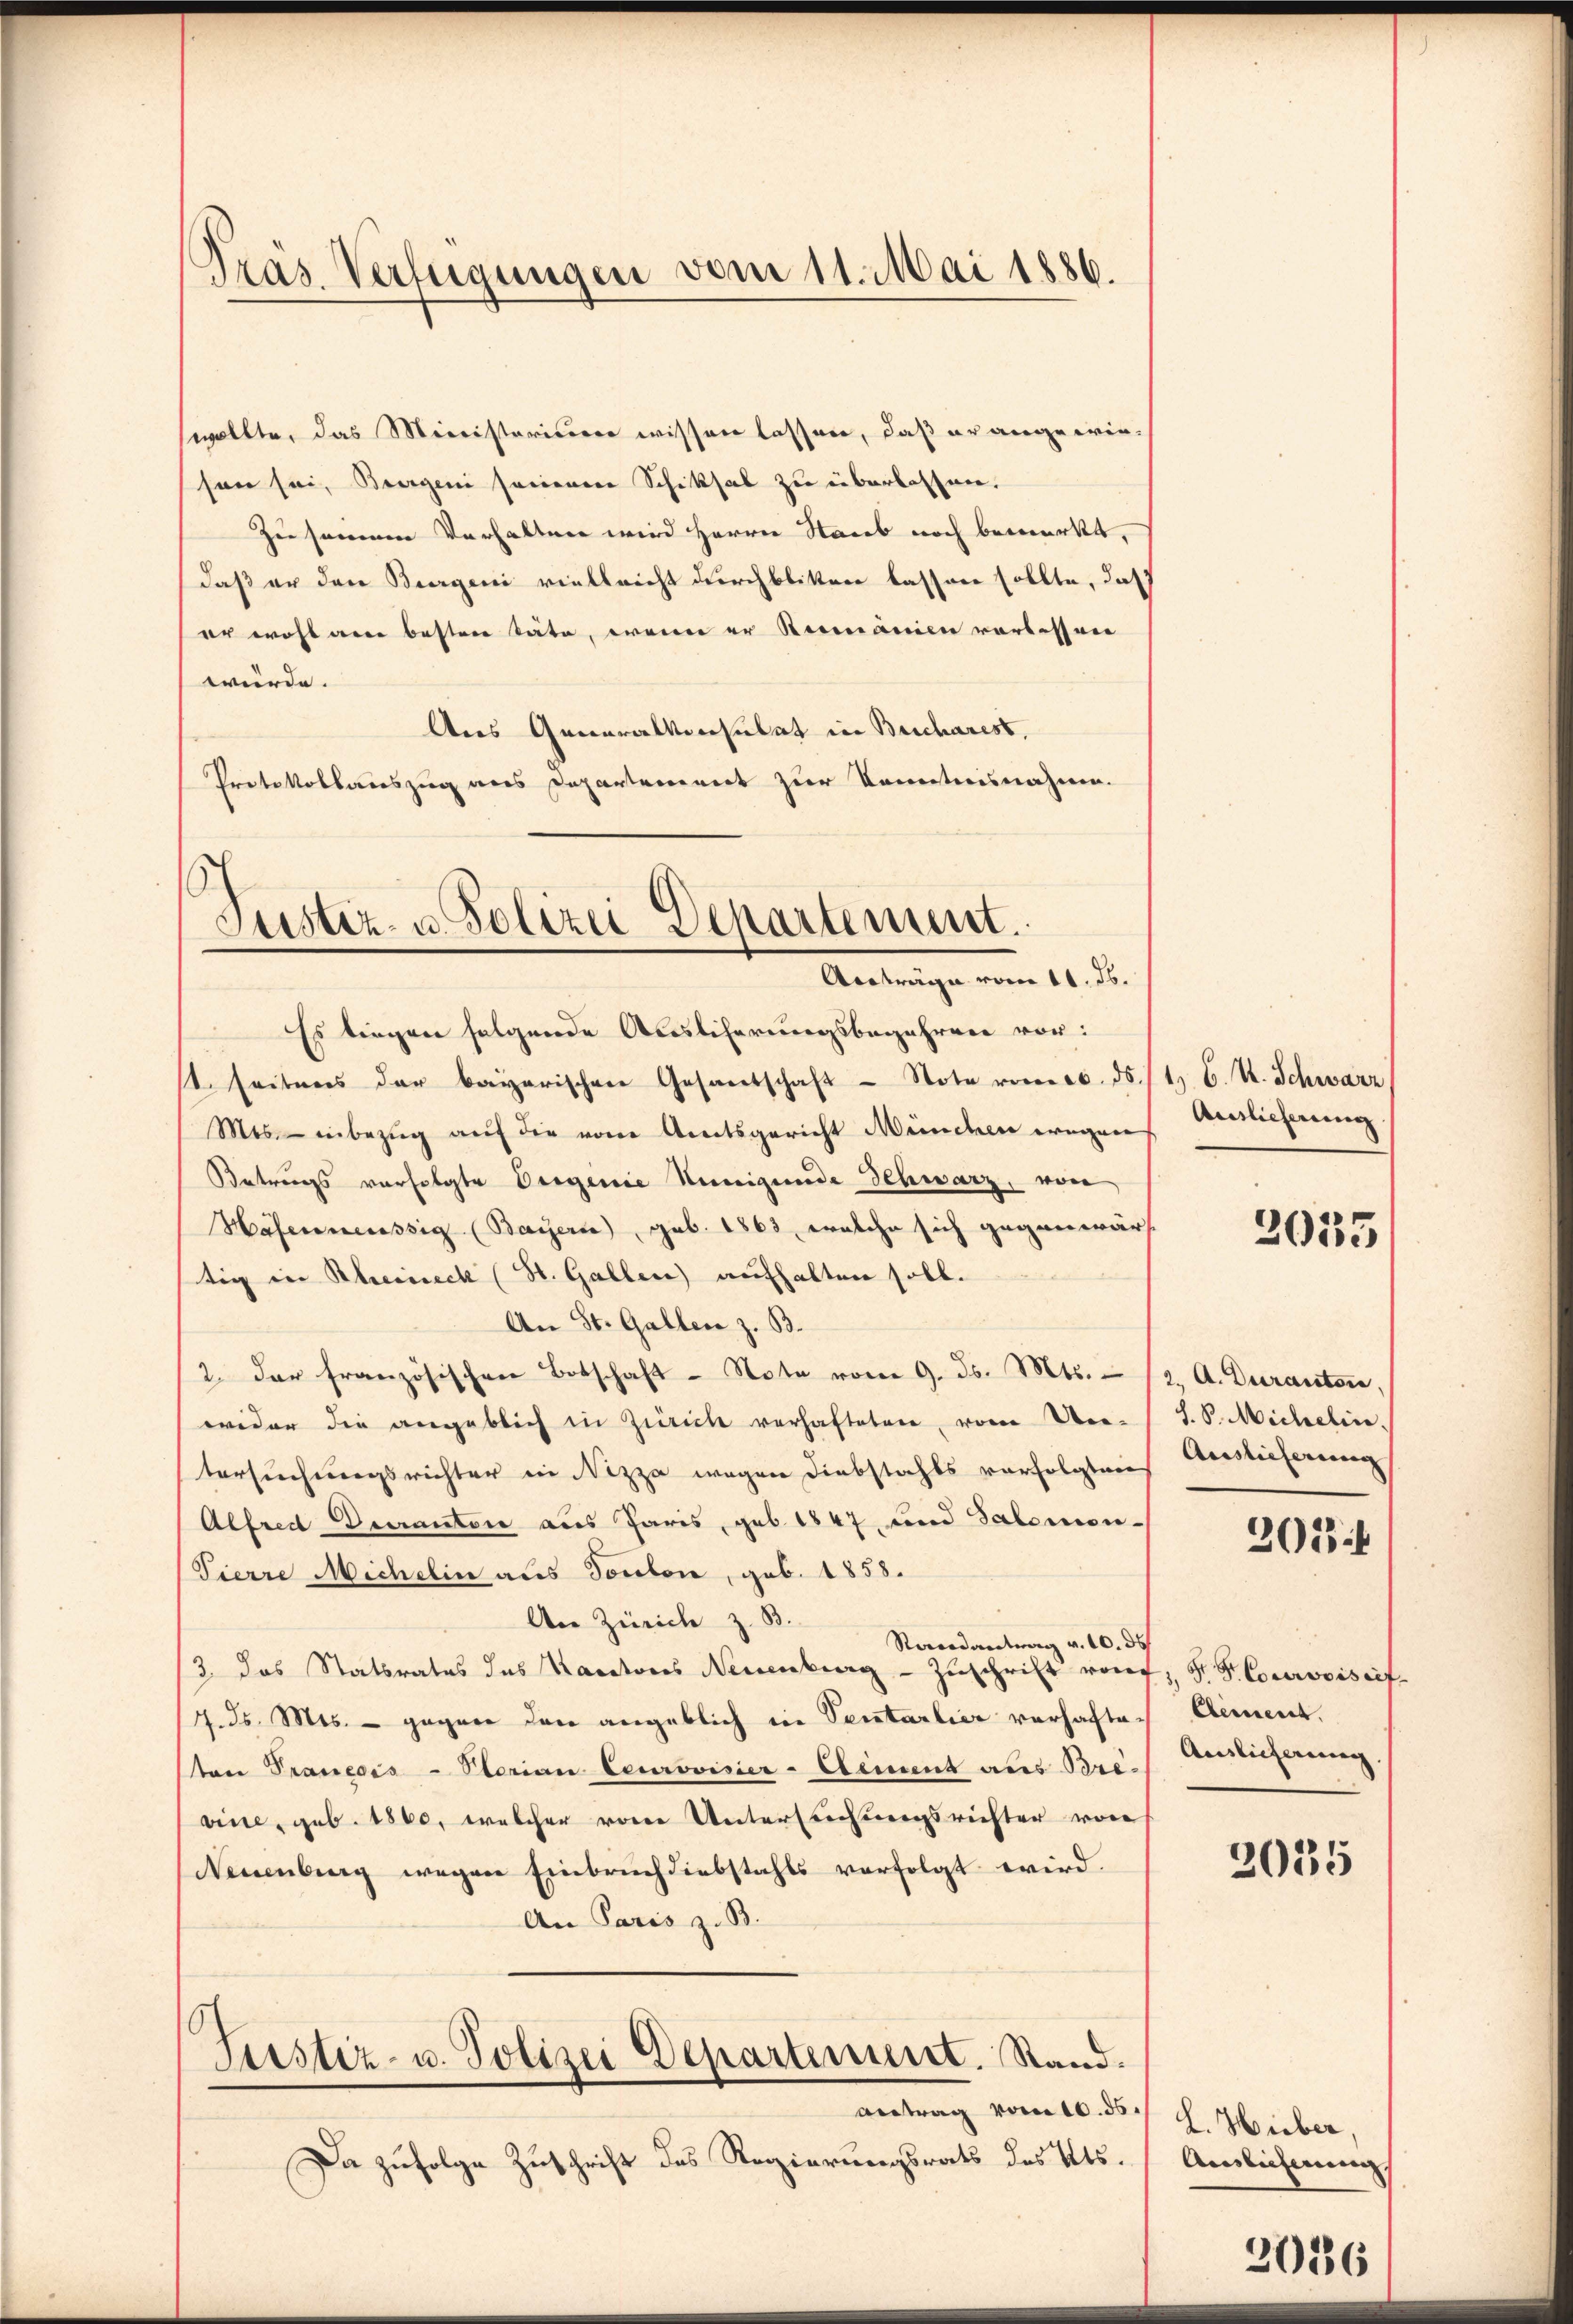
Pras. Verfügungen vom 11. Mai 1886.

wollte, das Ministerierer wissen lassen, daß er angewieson sei, Beergen seinenen Schiksal zu überlassen.
Zu seinem Verhalten wird Herrn Staub noch bemerkt,
daß er den Burgen vielleicht durchblitten lassen sollte, daß
er wohl arre besten Säte, wenn er Niemanien vorbessen
würde.
Aus Generalkonsulat in Bescharest,
Protokollauszug aus Departement zur Kenntnisnahmen.

Justiz- u. Polizei Departement.
Austräge vom 11. ds.

t. seitens der bayerischen Gesandschaft Note vom 20. ds. 1. 6. A. Schwarz
Mis- inbezŭg aŭf die vom Amtsgericht München wegen Verslieferung
Betrugs verfolgte Dingenie Neigunde Schwarz, von
Hafenweissig (Bayern), geb. 1863, welche sich gegenwärt
tig in Rheineck (St. Gallen aufhalten soll.
An St. Gallen z. B.
2. der französischen Botschaft Note vom 9. ds. Mts. 12. A. Durantone,
wider die angeblich in Zürich verhafteten, vom Ver-
tersuchungsrichter in Nizza wegen Diebstahls verfolgten Auslieferung
Alfredt Decantone aus Paris, geb. 1847 und Salomon-
Pierre Michelin aus Ponton, geb. 1858.
An Zürich z. B.
Randantrag v. 10. ds
3. das Statsrates des Kantons Neuenburg - Zŭschrift von F. P. Gurvoistif-
7. ds. Mts. — gagner den angeblich in Sentarlier verhafte. Cement.
ton Prancois - Sterian Ceurovisier-Element aus Bre. Ansicherung.
vine, geb. 1860, welcher von Untersuchungsrichter von
(Neuenburg wegen Einbruch diebstahls verfolgt wird.
An Paris z. B.
6
Justiz- u. Polizei Departement. Stand.
Antrag vom 10. ds.
Da zufolge Zuschrift des Regierungsrats des Kts.

Es liegen folgende Auslicherungsbegehren vor:

2035

S.S. Michelin.

303 f

2035

L. Hieber,
Ainlicherung

2026